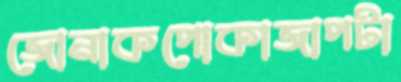
জোনাকপোকাজাপটা